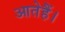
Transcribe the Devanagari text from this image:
आतेहैं।